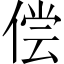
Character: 偿